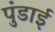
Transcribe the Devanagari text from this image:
पुंडाई